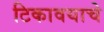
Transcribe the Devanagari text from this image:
टिकावयाचे